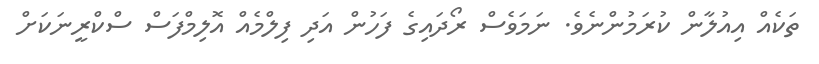
ތަކެއް އިއުލާން ކުރަމުންނެވެ. ނަމަވެސް ރޯދައިގެ ފަހުން އަދި ފިލްމެއް އޮލިމްފަސް ސްކްރީނަކަށް